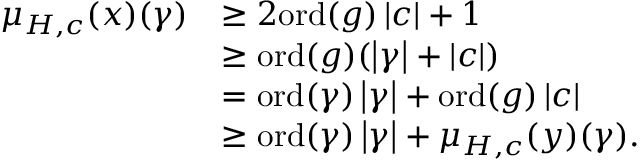
\begin{array} { r l } { \mu _ { H , c } ( x ) ( \gamma ) } & { \geq 2 \mathrm { o r d } ( g ) \left| c \right| + 1 } \\ & { \geq \mathrm { o r d } ( g ) ( \left| \gamma \right| + \left| c \right| ) } \\ & { = \mathrm { o r d } ( \gamma ) \left| \gamma \right| + \mathrm { o r d } ( g ) \left| c \right| } \\ & { \geq \mathrm { o r d } ( \gamma ) \left| \gamma \right| + \mu _ { H , c } ( y ) ( \gamma ) . } \end{array}